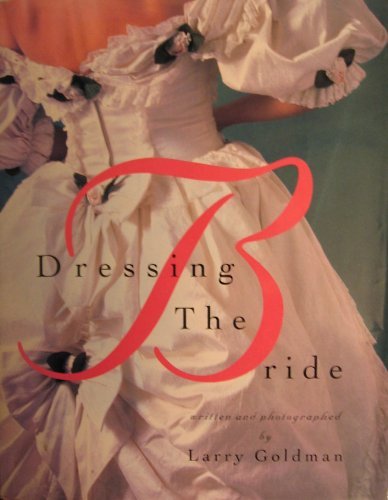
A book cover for Dressing The Bride; Larry Goldman; Crafts, Hobbies & Home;